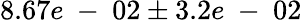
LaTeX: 8.67e\mathrm{~-~}02\pm 3.2e\mathrm{~-~}02